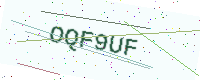
Text: OQF9UF